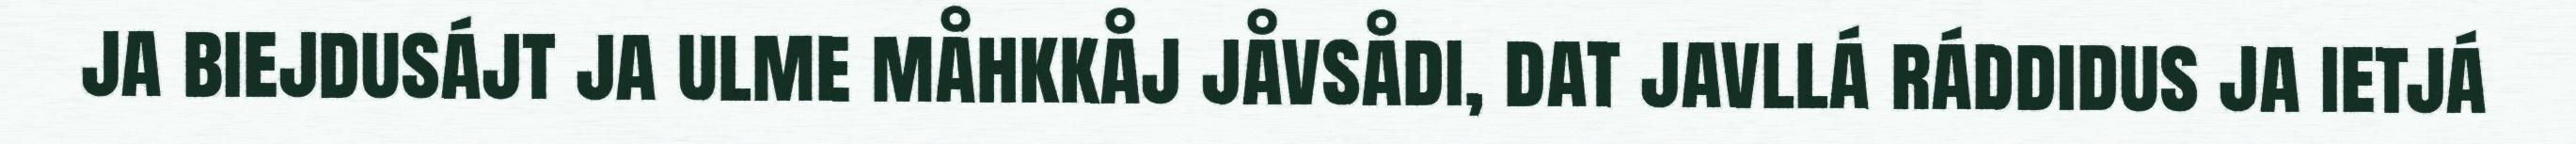
ja biejdusájt ja ulme måhkkåj jåvsådi, dat javllá ráddidus ja ietjá